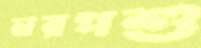
নরপশু